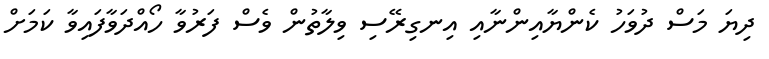
ދިޔަ މަސް ދުވަހު ކެންޔާއިންނާއި އިނގިރޭސި ވިލާތުން ވެސް ފަރުވާ ހޯއްދަވާފައިވާ ކަމަށް